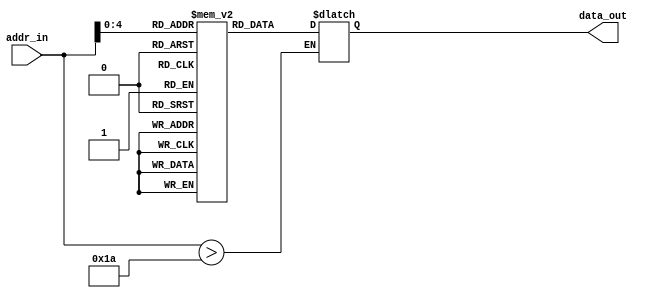
module instruction_memory(data_out,addr_in);
input[31:0] addr_in;
output reg[31:0] data_out;
reg[31:0] in_memory[31:0];
//input[15:0] immediate_value;
//input[25:0] immediate_jump;
//input[4:0] rs_value;


//parameter immediate_value = 16'b101;
//parameter immediate_jump = 26'b011;
//parameter rs_value = 5'b111;

parameter rs1 = 5'b0;
parameter rs2 = 5'b01;
parameter rd = 5'b10;
parameter NOP = 6'b0;
parameter ADD = 6'b1;
parameter SUB = 6'b10;
parameter STORE = 6'b11;
parameter LOAD= 6'b100;
parameter MOVE = 6'b101;
parameter SGE = 6'b110;
parameter SLE = 6'b111;
parameter SGT = 6'b1000;
parameter SLT = 6'b1001;
parameter SEQ = 6'b1010;
parameter SNE = 6'b1011;
parameter AND = 6'b1100;
parameter OR = 6'b1101;
parameter XOR= 6'b1110;
parameter NOT = 6'b1111;
parameter MOVEI = 6'b10000;
parameter SLI = 6'b10001;
parameter SRI = 6'b10010;
parameter ADDI = 6'b10011;
parameter SUBI = 6'b10100;
parameter JUMP = 6'b10101;
parameter BRA = 6'b10110;
parameter ADDF = 6'b10111;
parameter MULF = 6'b 11000;

parameter R0 = 5'b0;
parameter R1 = 5'b01;
parameter R2 = 5'b10;
parameter R3 = 5'b11;
parameter R4 = 5'b100;
parameter R5 = 5'b101;
parameter R6 = 5'b110;


initial 
begin
	 in_memory[32'b0] = {MULF,R0,R1,R3,11'b0};  


       /*  in_memory[32'b0] = {LOAD,R0,R1,16'b1};      
     	 in_memory[32'b01] = {NOP,26'b0};
   	  in_memory[32'b10]  = {SLI,R1,R2,16'b1};
     	in_memory[32'b11]  = {ADD,R1,R2,R3,11'b0};
     	in_memory[32'b100] = {SRI,R1,R4,16'b1};
     	in_memory[32'b101] = {BRA,R1,5'b100,16'b110};
     	 in_memory[32'b110] = {STORE,R2,R0,16'b10};
     	in_memory[32'b111] = {ADDI,R3,R5,16'b1};
    	 in_memory[32'b1000] = {SUBI,R4,R6,16'b1};
    	 in_memory[32'b1001] = {JUMP,26'b1101};
   	 in_memory[32'b1010] = {NOP,26'b0};
   	in_memory[32'b1011] = {SUBI,R3,R5,16'b1};
	in_memory[32'b1100] = {NOP,26'b01};
	in_memory[32'b1101] = {ADDI,R4,R6,16'b1};
	in_memory[32'b1110] = {NOP,26'b01};
	in_memory[32'b1111] = {STORE,R5,R0,16'b11};
	in_memory[32'b10000] = {STORE,R6,R0,16'b100};*/
      


			
end

always@(addr_in)
begin
	if(addr_in > 32'b11010)
		begin
		//display$("Address out of range");
		//$stop;
		end
else
begin 
             data_out = in_memory[addr_in];
end

end


endmodule